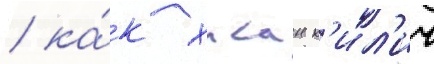
/ ка́к хасан к'ил'ич